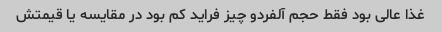
غذا عالی بود فقط حجم آلفردو چیز فراید کم بود در مقایسه یا قیمتش